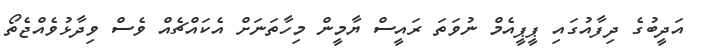
އަދީބުގެ ދިފާއުގައި ޕީޕީއެމް ނުވަތަ ރައީސް ޔާމީން މިހާތަނަށް އެކައްޗެއް ވެސް ވިދާޅުވެއްޖެތޯ